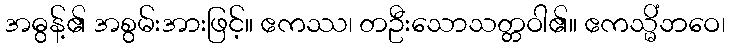
အဓွန့်၏ အစွမ်းအားဖြင့်။ ဧကဿ၊ တဦးသောသတ္တဝါ၏။ ဧကသ္မိံဘဝေ၊